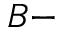
B -